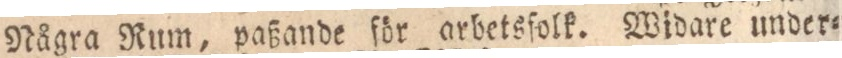
Några Rum, paßande för arbetsfolk. Widare under=